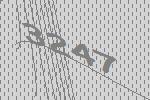
3247